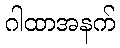
ဂါထာအနက်